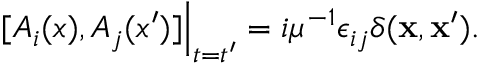
[ A _ { i } ( x ) , A _ { j } ( x ^ { \prime } ) ] \Big | _ { t = t ^ { \prime } } = i \mu ^ { - 1 } \epsilon _ { i j } \delta ( { \bf x } , { \bf x ^ { \prime } } ) .